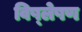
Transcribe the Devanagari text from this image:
विष्‍लेषण